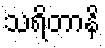
သရိတာနိ